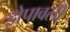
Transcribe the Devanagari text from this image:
झेपावली